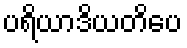
ပရိယာဒိယတိပေ